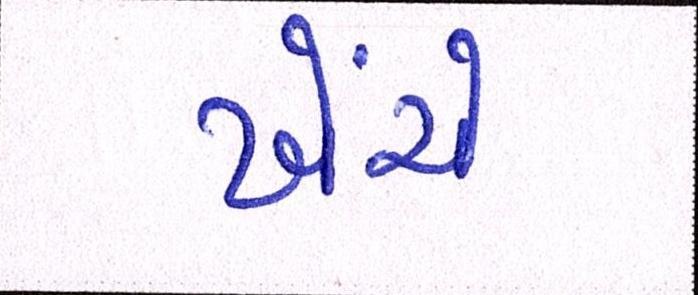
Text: ખેંચે